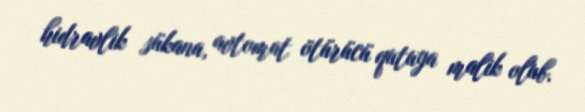
hidravlik sükana, avtomat ötürücü qutuya malik olub.